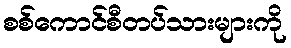
စစ်ကောင်စီတပ်သားများကို